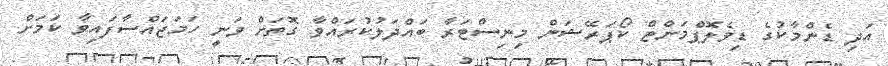
އަދި ޑެންމާކުގެ ޑިވެލޮޕްމަންޓް ކޯޕަރޭޝަން މިނިސްޓަރާ ބައްދަލުކުރައްވާ ގޮތަށް ވަނީ ހަމަޖައްސާފައިވާ ކަމަށް